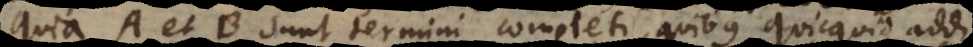
quia A et B sunt termini completi, quibus quicquid addi